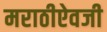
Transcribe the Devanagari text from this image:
मराठीऐवजी